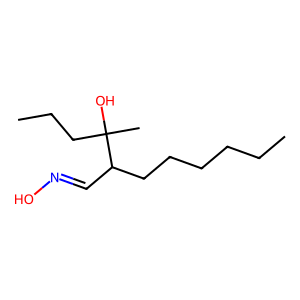
SMILES: CCCCCCC(C=NO)C(C)(O)CCC
Inhibits HIV replication: No